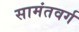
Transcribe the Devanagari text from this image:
सामंतवर्ग